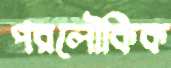
পরলৌকিক